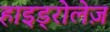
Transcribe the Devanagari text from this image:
हाइड्रोलेज़